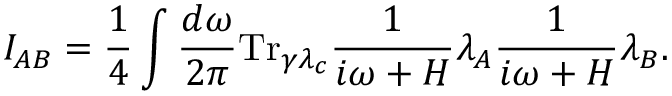
I _ { A B } = \frac { 1 } { 4 } \int \frac { d \omega } { 2 \pi } \mathrm { T r } _ { \gamma \lambda _ { c } } { \frac { 1 } { i \omega + H } \lambda _ { A } \frac { 1 } { i \omega + H } \lambda _ { B } } .